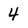
Character: 4